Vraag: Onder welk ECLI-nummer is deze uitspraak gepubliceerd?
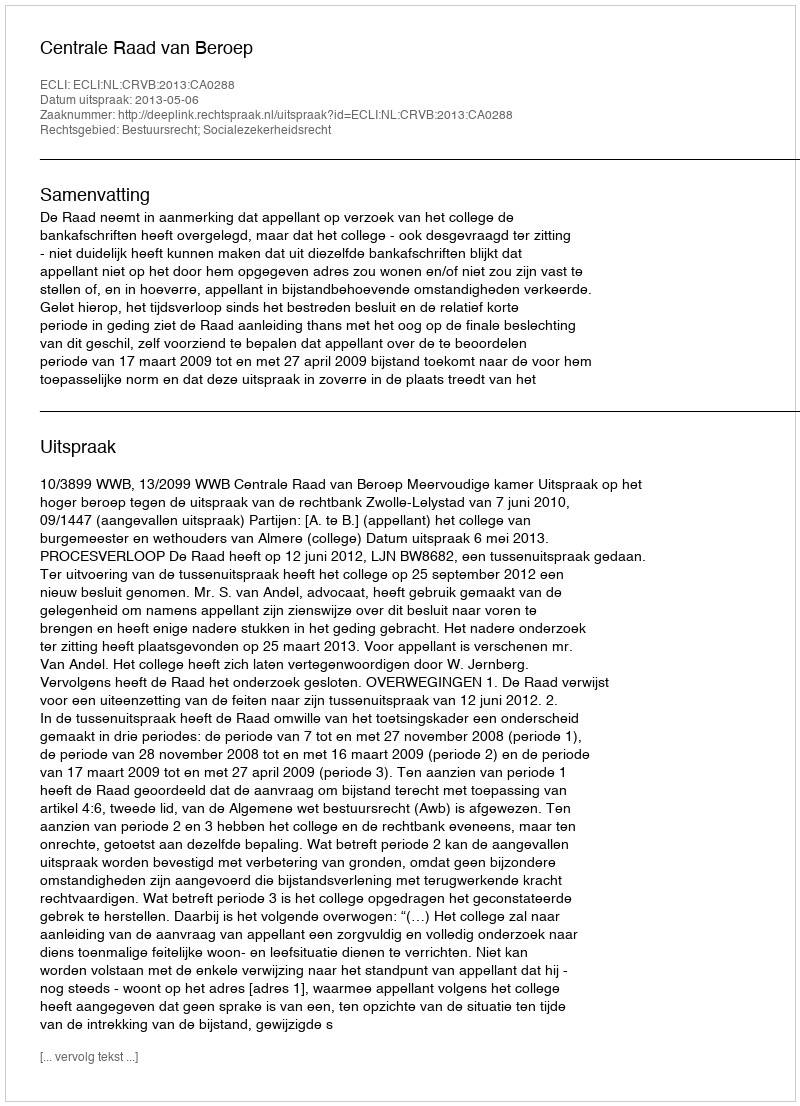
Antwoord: ECLI:NL:CRVB:2013:CA0288